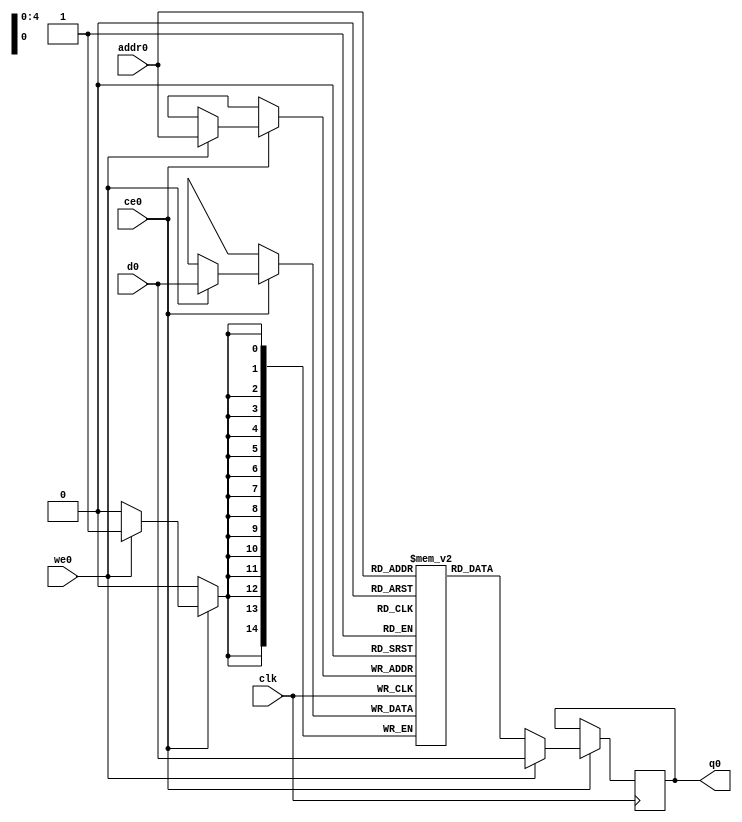
// ==============================================================
// File generated by Vivado(TM) HLS - High-Level Synthesis from C, C++ and SystemC
// Version: 2016.4
// Copyright (C) 1986-2016 Xilinx, Inc. All Rights Reserved.
// 
// ==============================================================

`timescale 1 ns / 1 ps
module operator_s_norm_V_ram (addr0, ce0, d0, we0, q0,  clk);

parameter DWIDTH = 15;
parameter AWIDTH = 5;
parameter MEM_SIZE = 20;

input[AWIDTH-1:0] addr0;
input ce0;
input[DWIDTH-1:0] d0;
input we0;
output reg[DWIDTH-1:0] q0;
input clk;

(* ram_style = "distributed" *)reg [DWIDTH-1:0] ram[0:MEM_SIZE-1];




always @(posedge clk)  
begin 
    if (ce0) 
    begin
        if (we0) 
        begin 
            ram[addr0] <= d0; 
            q0 <= d0;
        end 
        else 
            q0 <= ram[addr0];
    end
end


endmodule


`timescale 1 ns / 1 ps
module operator_s_norm_V(
    reset,
    clk,
    address0,
    ce0,
    we0,
    d0,
    q0);

parameter DataWidth = 32'd15;
parameter AddressRange = 32'd20;
parameter AddressWidth = 32'd5;
input reset;
input clk;
input[AddressWidth - 1:0] address0;
input ce0;
input we0;
input[DataWidth - 1:0] d0;
output[DataWidth - 1:0] q0;



operator_s_norm_V_ram operator_s_norm_V_ram_U(
    .clk( clk ),
    .addr0( address0 ),
    .ce0( ce0 ),
    .d0( d0 ),
    .we0( we0 ),
    .q0( q0 ));

endmodule